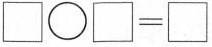
\square\bigcirc\square=\square